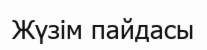
Жүзім пайдасы